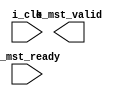
module master (
    input             i_clk,
    output            o_mst_valid,
    input             i_mst_ready

);

endmodule